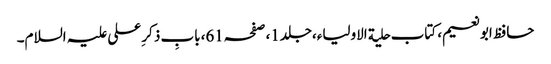
حافظ ابونعیم، کتاب حلیة الاولیاء،جلد1،صفحہ61،بابِ ذکر ِعلی علیہ السلام۔